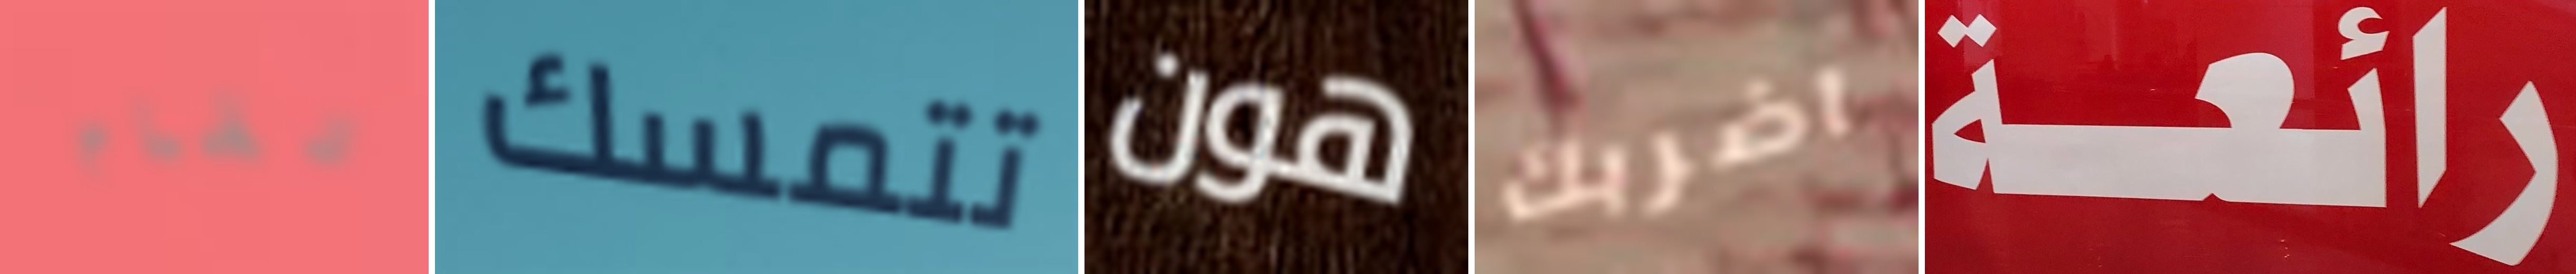
تقام تتمسك هون اضربك رائعة